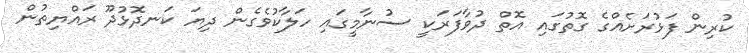
ކުރިން ފަޅުރަށެއްގެ ގޮތުގައި އޮތް ދުވާފަރަކީ ސުނާމީގައި ހަލާކުވެގެން ދިޔަ ކަނދޮޅުދޫ ރައްޔިތުން